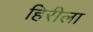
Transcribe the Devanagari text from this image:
हिरीला